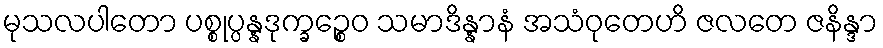
မုသလပါတော ပစ္စုပ္ပန္နဒုက္ခဉ္စေဝ သမာဒိန္နာနံ အသံဝုတေဟိ ဇလတေ ဇနိန္ဒာ